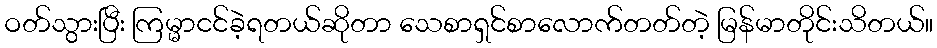
ဝတ်သွားပြီး ကြမ္မာငင်ခဲ့ရတယ်ဆိုတာ သေစာရှင်စာလောက်တတ်တဲ့ မြန်မာတိုင်းသိတယ်။